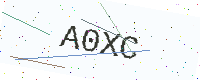
Text: A0XC